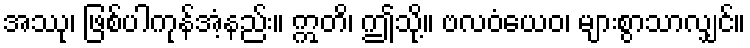
အဿု၊ ဖြစ်ပါကုန်အံ့နည်း။ ဣတိ၊ ဤသို့။ ဗလဝံယေဝ၊ များစွာသာလျှင်။